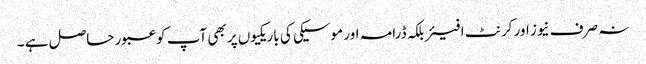
نہ صرف نیوز اور کرنٹ افیئربلکہ ڈرامہ اور موسیکی کی باریکیوں پر بھی آپ کو عبور حاصل ہے ۔